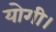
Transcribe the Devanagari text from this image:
योगी।